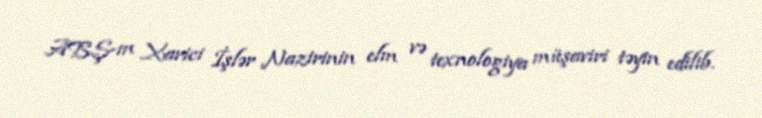
ABŞ-ın Xarici İşlər Nazirinin elm və texnologiya müşaviri təyin edilib.